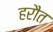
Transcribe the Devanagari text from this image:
हरौत